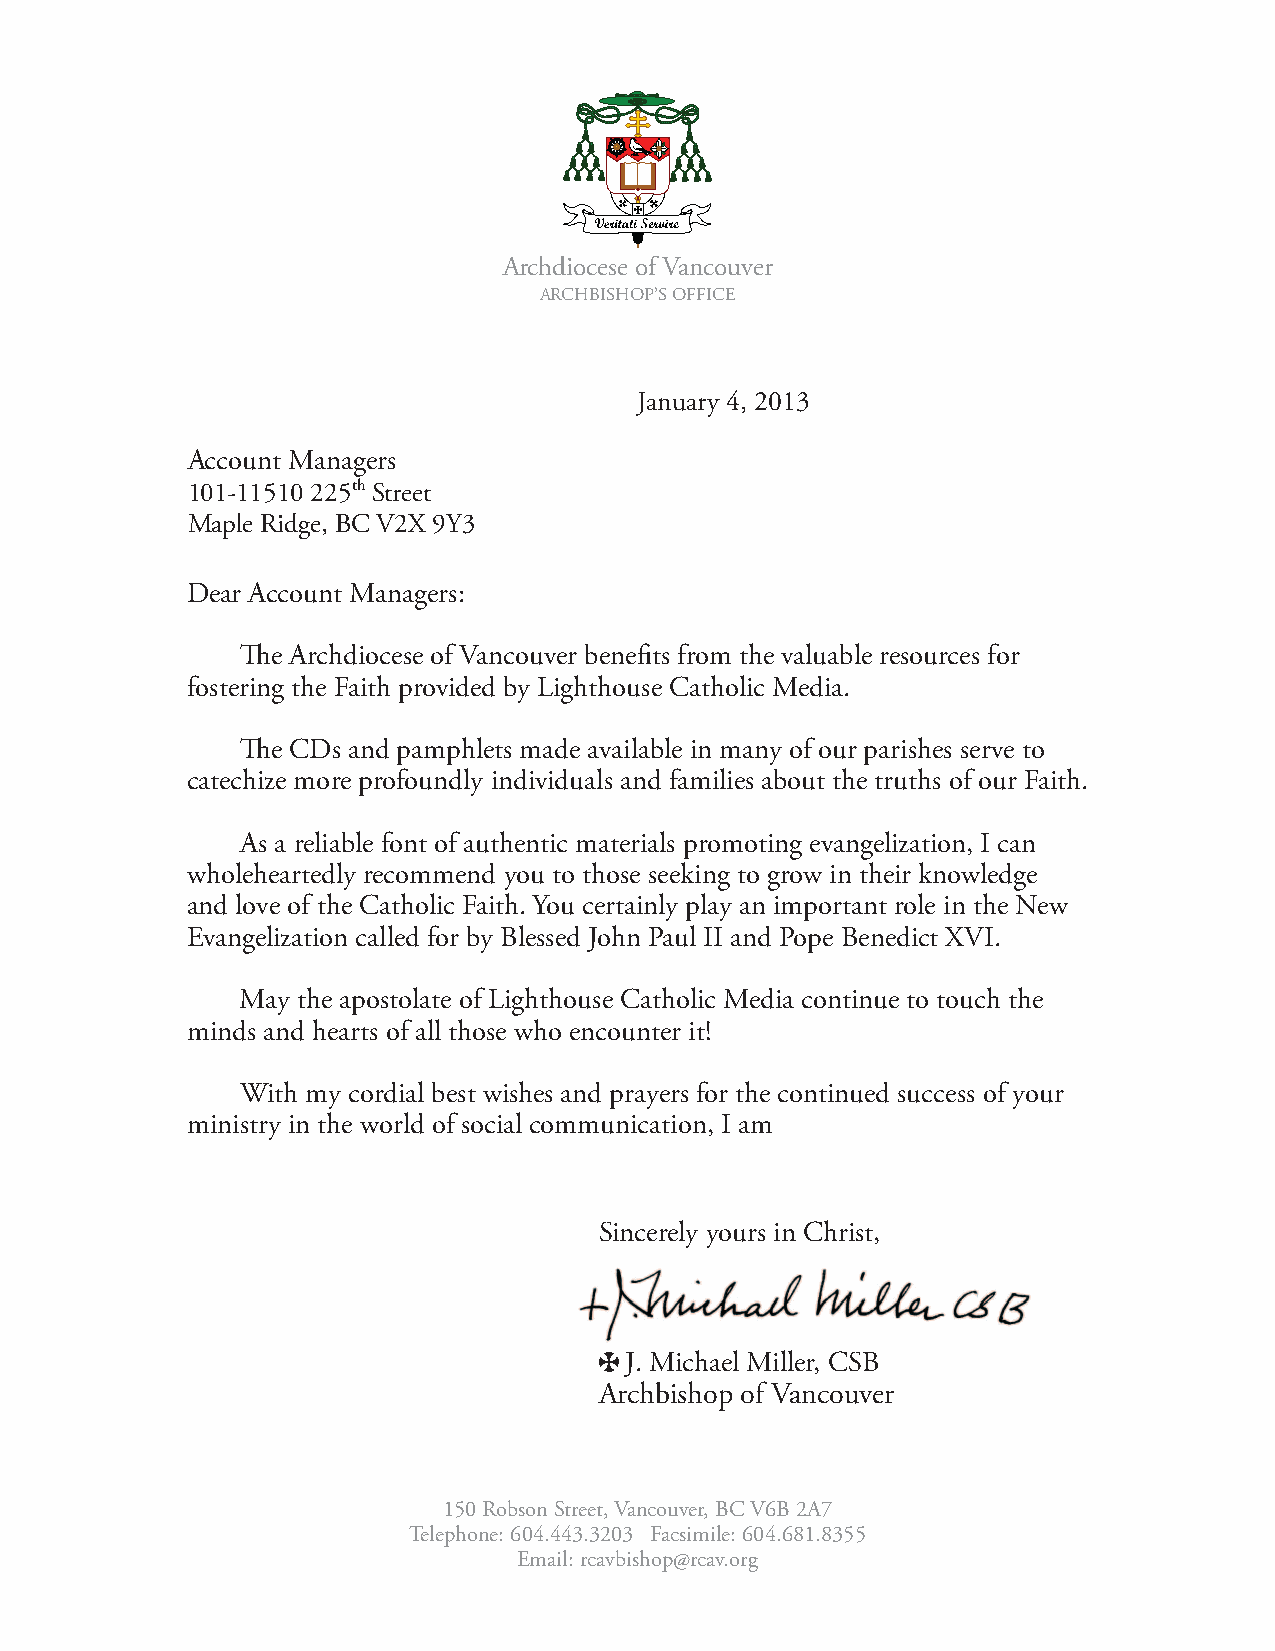
Archdiocese of Vancouver
 ARCHBISHOP’S OFFICE
 January 4, 2013
 Account Managers
 101-11510 225th Street
 Maple Ridge, BC V2X 9Y3
 Dear Account Managers:
 The Archdiocese of Vancouver benefits from the valuable resources for
 fostering the Faith provided by Lighthouse Catholic Media.
 The CDs and pamphlets made available in many of our parishes serve to
 catechize more profoundly individuals and families about the truths of our Faith.
 As a reliable font of authentic materials promoting evangelization, I can
 wholeheartedly recommend you to those seeking to grow in their knowledge
 and love of the Catholic Faith. You certainly play an important role in the New
 Evangelization called for by Blessed John Paul II and Pope Benedict XVI.
 May the apostolate of Lighthouse Catholic Media continue to touch the
 minds and hearts of all those who encounter it!
 With my cordial best wishes and prayers for the continued success of your
 ministry in the world of social communication, I am
 Sincerely yours in Christ,
 J. Michael Miller, CSB
 Archbishop of Vancouver
 150 Robson Street, Vancouver, BC V6B 2A7
 Telephone: 604.443.3203 Facsimile: 604.681.8355
 Email: rcavbishop@rcav.org